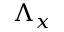
\Lambda _ { x }